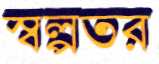
স্বল্পতর